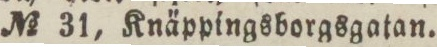
No 31, Knäppingsborgsgatan.